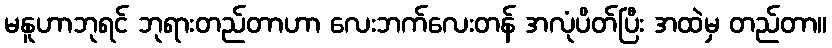
မနူဟာဘုရင် ဘုရားတည်တာဟာ လေးဘက်လေးတန် အလုံပိတ်ပြီး အထဲမှ တည်တာ။